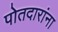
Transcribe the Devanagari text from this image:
पोतदारांना